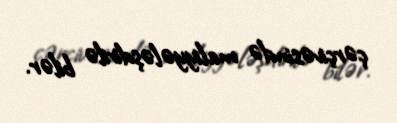
çərçivəsində maliyyələşdirilə bilər.